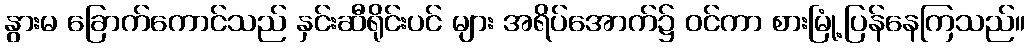
နွားမ ခြောက်ကောင်သည် နှင်းဆီရိုင်းပင် များ အရိပ်အောက်၌ ဝင်ကာ စားမြုံ့ပြန်နေကြသည်။